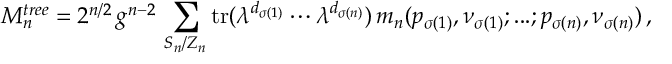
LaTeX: M _ { n } ^ { t r e e } = 2 ^ { n / 2 } \, g ^ { n - 2 } \, \sum _ { S _ { n } / Z _ { n } } \mathrm { t r } ( \lambda ^ { d _ { \sigma ( 1 ) } } \cdots \lambda ^ { d _ { \sigma ( n ) } } ) \, m _ { n } ( p _ { \sigma ( 1 ) } , \nu _ { \sigma ( 1 ) } ; . . . ; p _ { \sigma ( n ) } , \nu _ { \sigma ( n ) } ) \, ,